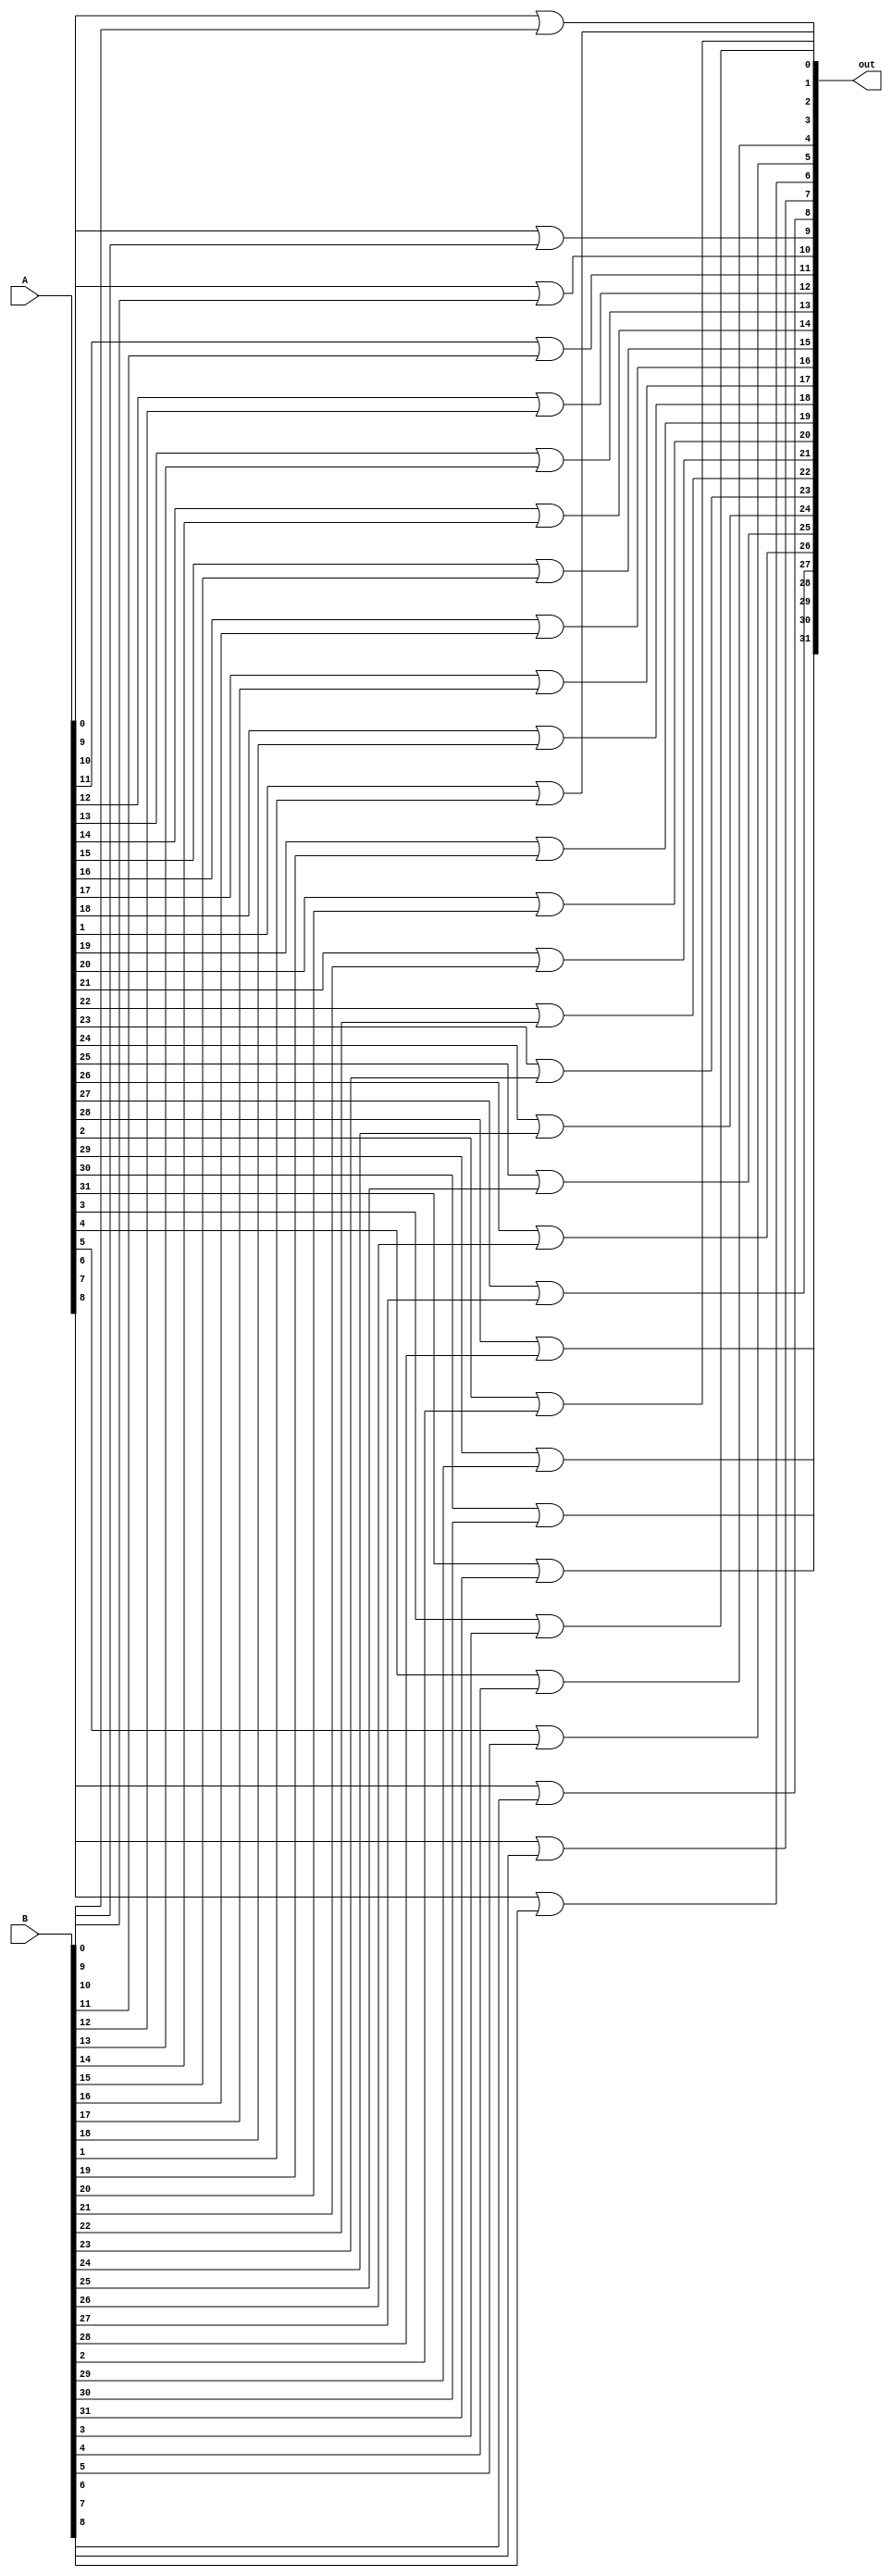
module orbitwise(out,A,B);
parameter width = 32;
input [width-1:0] A,B;
output [width-1:0] out;

genvar i;

generate for(i=0;i<width;i=i+1) begin: and_loop
  or g1(out[i],A[i],B[i]);
  end
endgenerate

endmodule